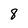
Character: 8